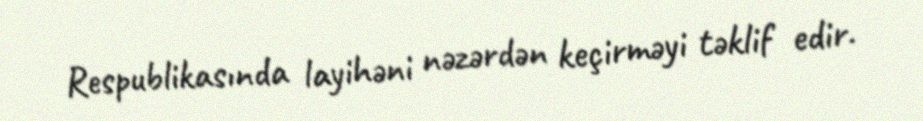
Respublikasında layihəni nəzərdən keçirməyi təklif edir.